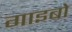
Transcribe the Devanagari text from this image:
गाइबो